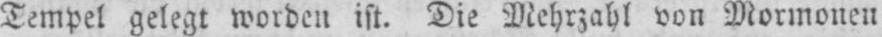
Tempel gelegt worden ist. Die Mehrzahl von Mormonen